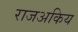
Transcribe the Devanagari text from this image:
राजअकिय